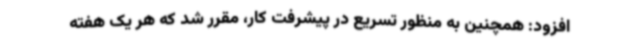
افزود: همچنین به منظور تسریع در پیشرفت کار، مقرر شد که هر یک هفته